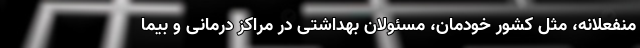
منفعلانه، مثل کشور خودمان، مسئولان بهداشتی در مراکز درمانی و بیما